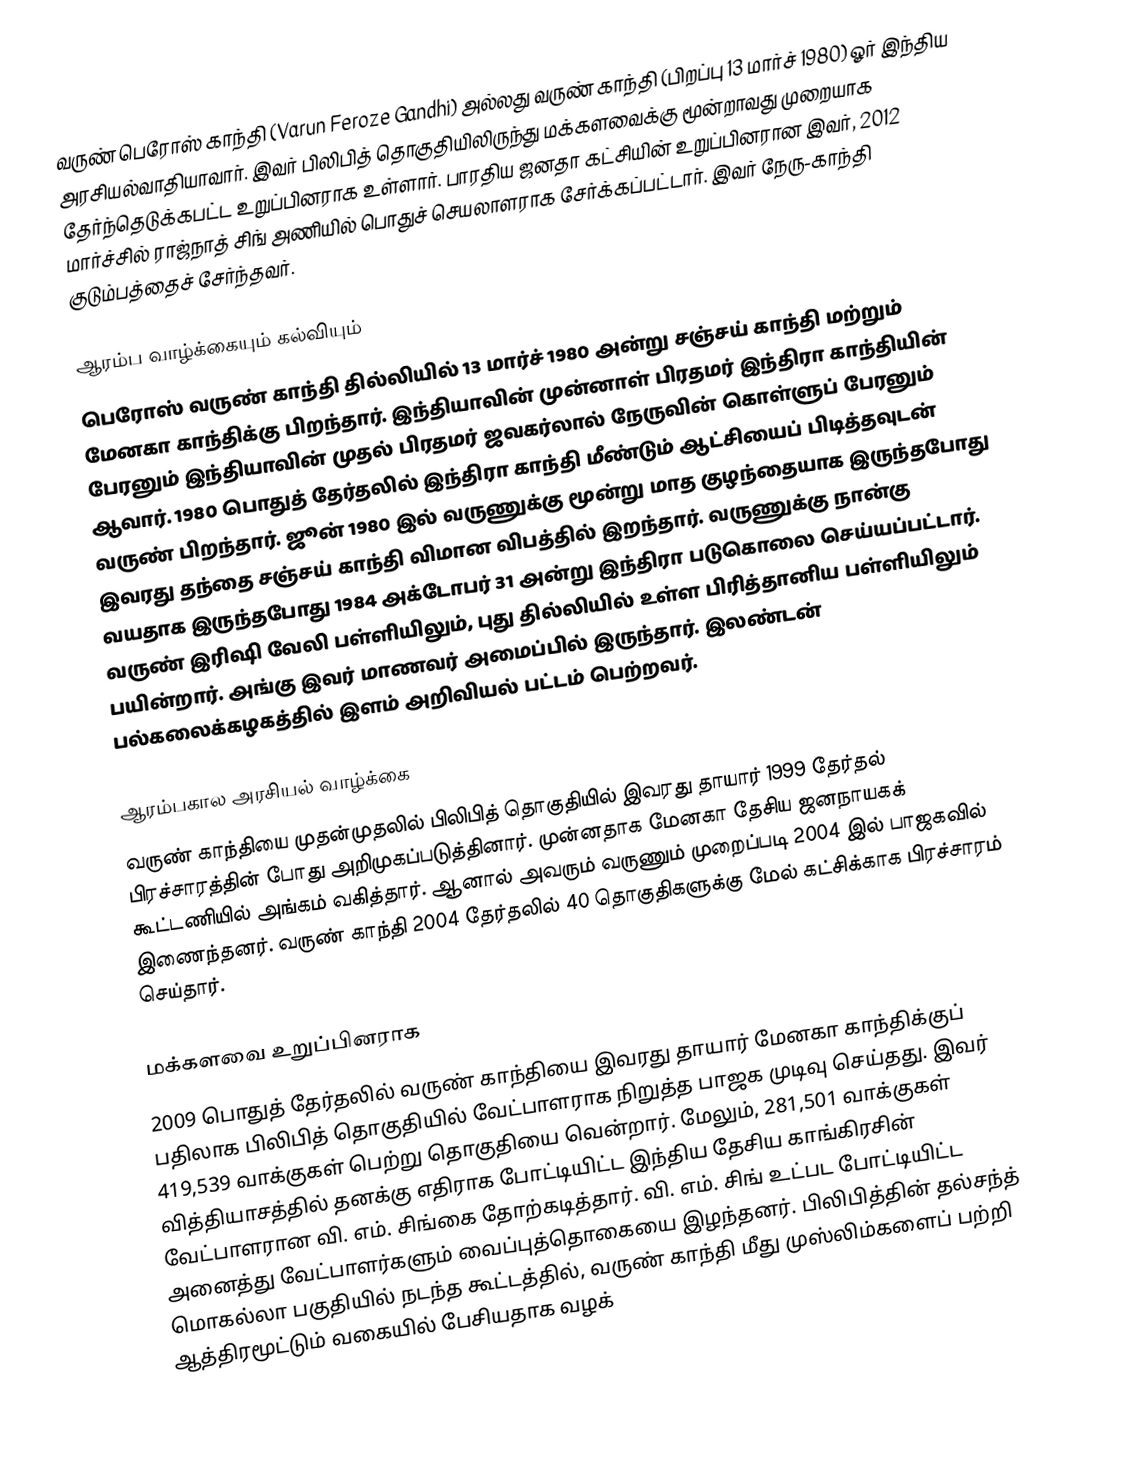
வருண் பெரோஸ் காந்தி (Varun Feroze Gandhi) அல்லது வருண் காந்தி (பிறப்பு 13 மார்ச் 1980) ஓர் இந்திய அரசியல்வாதியாவார். இவர் பிலிபித் தொகுதியிலிருந்து மக்களவைக்கு மூன்றாவது முறையாக தேர்ந்தெடுக்கபட்ட உறுப்பினராக உள்ளார். பாரதிய ஜனதா கட்சியின் உறுப்பினரான இவர், 2012 மார்ச்சில் ராஜ்நாத் சிங் அணியில் பொதுச் செயலாளராக சேர்க்கப்பட்டார். இவர் நேரு-காந்தி குடும்பத்தைச் சேர்ந்தவர்.

ஆரம்ப வாழ்க்கையும் கல்வியும்
பெரோஸ் வருண் காந்தி  தில்லியில் 13 மார்ச் 1980 அன்று சஞ்சய் காந்தி மற்றும் மேனகா காந்திக்கு பிறந்தார். இந்தியாவின் முன்னாள் பிரதமர் இந்திரா காந்தியின் பேரனும் இந்தியாவின் முதல் பிரதமர் ஜவகர்லால் நேருவின் கொள்ளுப் பேரனும் ஆவார். 1980 பொதுத் தேர்தலில் இந்திரா காந்தி மீண்டும் ஆட்சியைப் பிடித்தவுடன் வருண் பிறந்தார். ஜூன் 1980 இல் வருணுக்கு மூன்று மாத குழந்தையாக இருந்தபோது இவரது தந்தை சஞ்சய் காந்தி விமான விபத்தில் இறந்தார். வருணுக்கு நான்கு வயதாக இருந்தபோது 1984 அக்டோபர் 31 அன்று இந்திரா படுகொலை செய்யப்பட்டார். வருண் இரிஷி வேலி பள்ளியிலும், புது தில்லியில் உள்ள பிரித்தானிய பள்ளியிலும் பயின்றார். அங்கு இவர் மாணவர் அமைப்பில் இருந்தார்.  இலண்டன் பல்கலைக்கழகத்தில் இளம் அறிவியல் பட்டம் பெற்றவர்.

ஆரம்பகால அரசியல் வாழ்க்கை
வருண் காந்தியை முதன்முதலில் பிலிபித் தொகுதியில் இவரது தாயார் 1999 தேர்தல் பிரச்சாரத்தின் போது அறிமுகப்படுத்தினார். முன்னதாக மேனகா தேசிய ஜனநாயகக் கூட்டணியில் அங்கம் வகித்தார். ஆனால் அவரும் வருணும் முறைப்படி  2004 இல் பாஜகவில் இணைந்தனர். வருண் காந்தி 2004 தேர்தலில் 40 தொகுதிகளுக்கு மேல் கட்சிக்காக பிரச்சாரம் செய்தார்.

மக்களவை உறுப்பினராக
2009 பொதுத் தேர்தலில் வருண் காந்தியை இவரது தாயார் மேனகா காந்திக்குப் பதிலாக பிலிபித் தொகுதியில் வேட்பாளராக நிறுத்த பாஜக முடிவு செய்தது. இவர் 419,539 வாக்குகள் பெற்று தொகுதியை வென்றார். மேலும், 281,501 வாக்குகள் வித்தியாசத்தில் தனக்கு எதிராக போட்டியிட்ட இந்திய தேசிய காங்கிரசின் வேட்பாளரான வி. எம். சிங்கை தோற்கடித்தார். வி. எம். சிங் உட்பட போட்டியிட்ட அனைத்து வேட்பாளர்களும் வைப்புத்தொகையை இழந்தனர். பிலிபித்தின் தல்சந்த் மொகல்லா பகுதியில் நடந்த கூட்டத்தில், வருண் காந்தி மீது முஸ்லிம்களைப் பற்றி ஆத்திரமூட்டும் வகையில் பேசியதாக வழக்